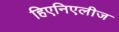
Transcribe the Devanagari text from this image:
हिएनिएलीज